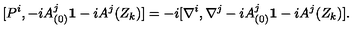
[ P ^ { i } , - i A _ { ( 0 ) } ^ { j } { \bf 1 } - i A ^ { j } ( Z _ { k } ) ] = - i [ \nabla ^ { i } , \nabla ^ { j } - i A _ { ( 0 ) } ^ { j } { \bf 1 } - i A ^ { j } ( Z _ { k } ) ] .